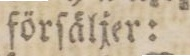
förſäljer: